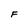
Character: F